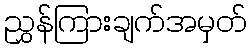
ညွှန်ကြားချက်အမှတ်